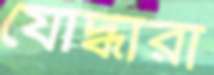
যোদ্ধারা